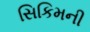
સિકિમની